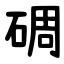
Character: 碉